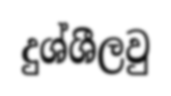
දුශ්ශීලවු